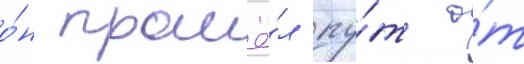
о́н прошё́л пу́ть о́т